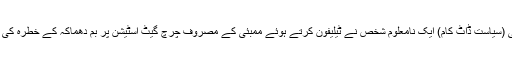
13 جولائی (سیاست ڈاٹ کام) ایک نامعلوم شخص نے ٹیلیفون کرتے ہوئے ممبئی کے مصروف چرچ گیٹ اسٹیشن پر بم دھماکہ کے خطرہ کی اطلاع دی۔